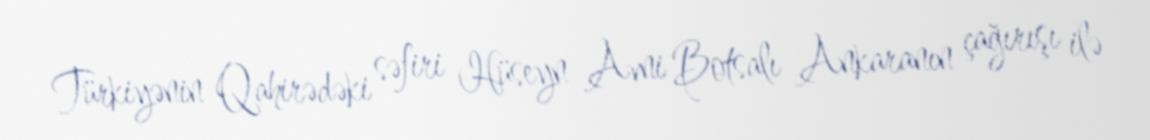
Türkiyənin Qahirədəki səfiri Hüseyn Avni Botsalı Ankaranın çağırışı ilə